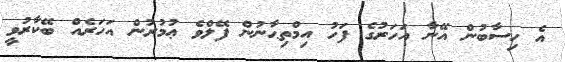
އެ ހިސާބުން އޭނާ އަހަރުގެ ފަހު އިމްތިޙާނުން ފޭލްވެ ޢުމުރުން އަހަރެއް ބޭކާރުވީ